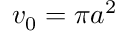
v _ { 0 } = \pi a ^ { 2 }